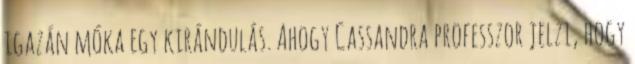
igazán móka egy kirándulás. Ahogy Cassandra professzor jelzi, hogy